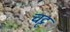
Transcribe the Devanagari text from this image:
चट्ट